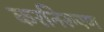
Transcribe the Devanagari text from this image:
करनिरूपण